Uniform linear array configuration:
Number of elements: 48
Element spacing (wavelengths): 0.75
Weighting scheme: kaiser
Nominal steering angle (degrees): -15
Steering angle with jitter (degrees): -13.955
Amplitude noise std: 0.05
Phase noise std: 0.05

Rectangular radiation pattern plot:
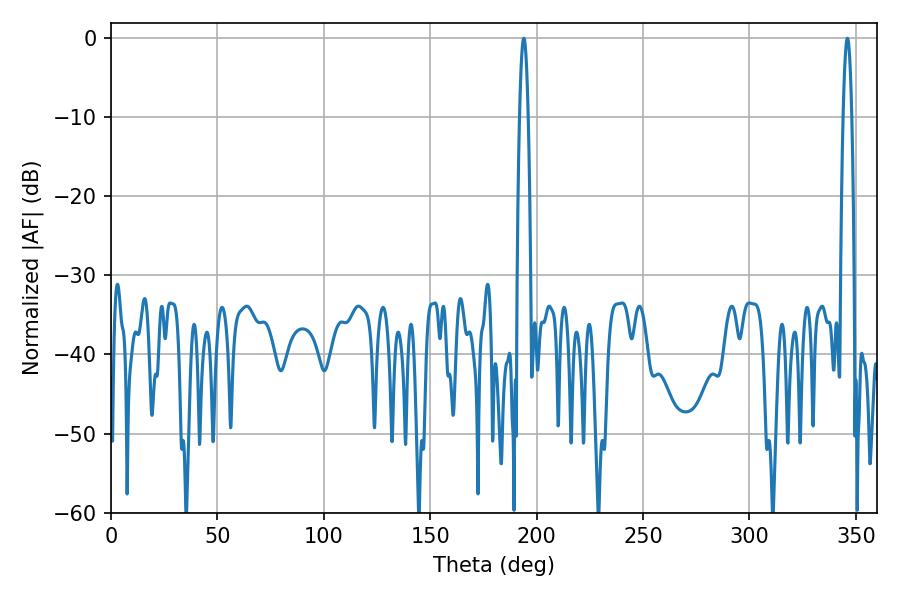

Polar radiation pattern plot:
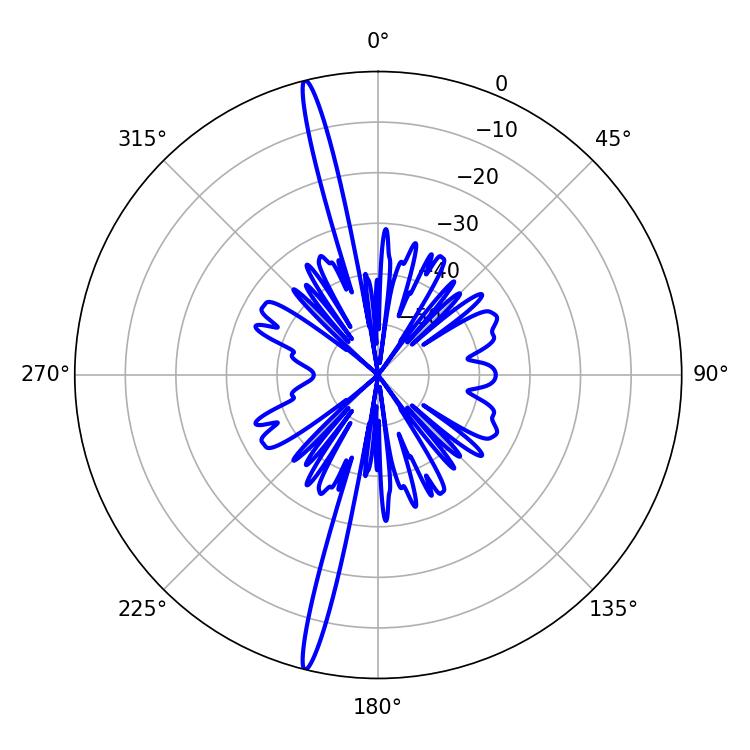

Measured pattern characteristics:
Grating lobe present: TRUE
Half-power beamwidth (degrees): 2.16
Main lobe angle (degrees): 345.96